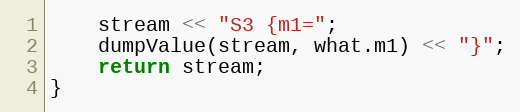
Language: C++
    stream << "S3 {m1=";
    dumpValue(stream, what.m1) << "}";
    return stream;
}